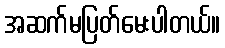
အဆက်မပြတ်မေးပါတယ်။